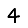
Digit: 4